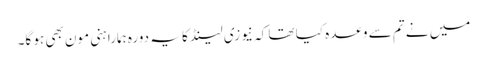
میں نے تم سے وعدہ کیا تھا کہ نیوزی لینڈ کا یہ دورہ ہمارا ہنی مون بھی ہو گا۔